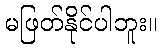
မဖြတ်နိုင်ပါဘူး။